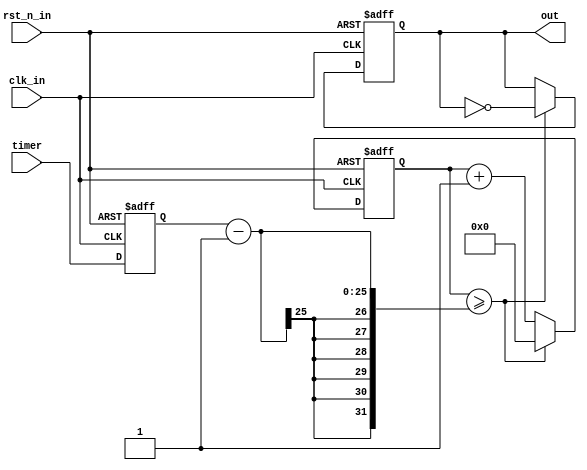
module timer
(
      clk_in,
      rst_n_in,
      out,
		timer
);

input clk_in;
input rst_n_in;
output out;
input [24:0] timer;

reg   [24:0]  timercount;

 
//parameter       CNT_NUM = 10000;

always @(posedge clk_in or negedge rst_n_in)
begin
	if(!rst_n_in)
		timercount <= 1;
	else
		timercount <= timer;
end
 
reg     [23:0]  cnt;
reg             clk_div;
 
always @(posedge clk_in or negedge rst_n_in)
begin
	if(!rst_n_in)
            begin
				cnt <= 24'd0;
				clk_div <= 1;
	    end
        else
            begin
		if(cnt>=timercount-1)
                    begin
			cnt <= 24'd0;
			clk_div <= ~clk_div;
		    end
                else
                        cnt <= cnt + 1;
	    end
end
 
assign out = clk_div;
 
endmodule